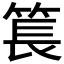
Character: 𥮲